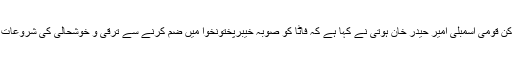
24 مئی2018ء) سابق وزیراعلیٰ خیبرپختونخوا و رکن قومی اسمبلی امیر حیدر خان ہوتی نے کہا ہے کہ فاٹا کو صوبہ خیبرپختونخوا میں ضم کرنے سے ترقی و خوشحالی کی شروعات ہو گی، اس سے فاٹا کی تمام محرومیاں ختم ہوں گی۔